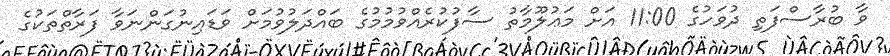
ވާ ބުރާސްފަތި ދުވަހުގެ 11:00 އަށް މަޢުލޫމާތު ސާފުކުރެއްވުމުމުގެ ބައްދަލުވުމަށް ވަޑައިނުގަންނަވާ ފަރާތްތަކުގެ